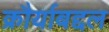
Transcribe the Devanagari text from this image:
क्रौर्याबद्दल